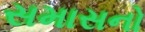
સમાસનો